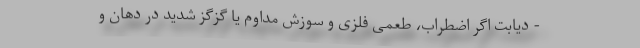
- دیابت اگر اضطراب، طعمی فلزی و سوزش مداوم یا گزگز شدید در دهان و